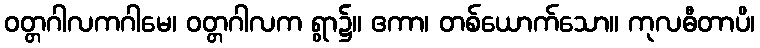
ဝတ္တဂါလကဂါမေ၊ ဝတ္တဂါလက ရွာ၌။ ဧကာ၊ တစ်ယောက်သော။ ကုလဓီတာပိ၊